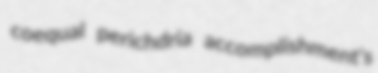
coequal perichdria accomplishment's